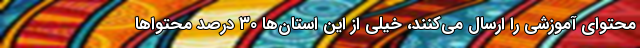
محتوای آموزشی را ارسال می‌کنند، خیلی از این استان‌ها ۳۰ درصد محتواها